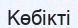
Көбікті